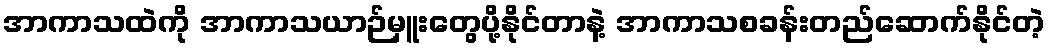
အာကာသထဲကို အာကာသယာဉ်မှူးတွေပို့နိုင်တာနဲ့ အာကာသစခန်းတည်ဆောက်နိုင်တဲ့